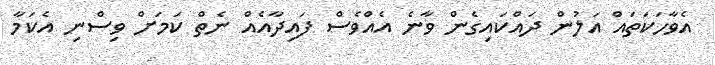
އެވާހަކަތައް އަލުން ދައްކައިގެން ވާނެ އެއްވެސް ފައިދާއެއް ނެތް ކަމަށް ވިސްނި އެކަމާ